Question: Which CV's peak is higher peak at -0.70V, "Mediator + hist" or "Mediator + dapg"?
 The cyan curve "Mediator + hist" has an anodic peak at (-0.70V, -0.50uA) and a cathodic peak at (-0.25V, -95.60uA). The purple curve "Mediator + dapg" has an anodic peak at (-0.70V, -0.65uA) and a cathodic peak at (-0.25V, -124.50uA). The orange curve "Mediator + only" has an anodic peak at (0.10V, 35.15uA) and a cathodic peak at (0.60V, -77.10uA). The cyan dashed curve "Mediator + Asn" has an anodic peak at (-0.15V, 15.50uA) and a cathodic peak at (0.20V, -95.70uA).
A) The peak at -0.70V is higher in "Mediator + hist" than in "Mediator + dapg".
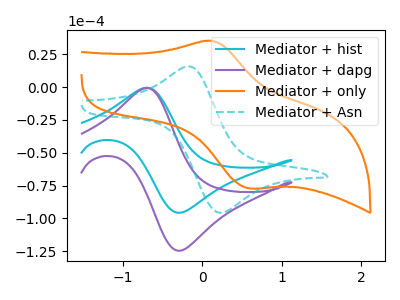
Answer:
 <answer>A) The peak at -0.70V is higher in "Mediator + hist" than in "Mediator + dapg".</answer>
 <eval>A</eval>